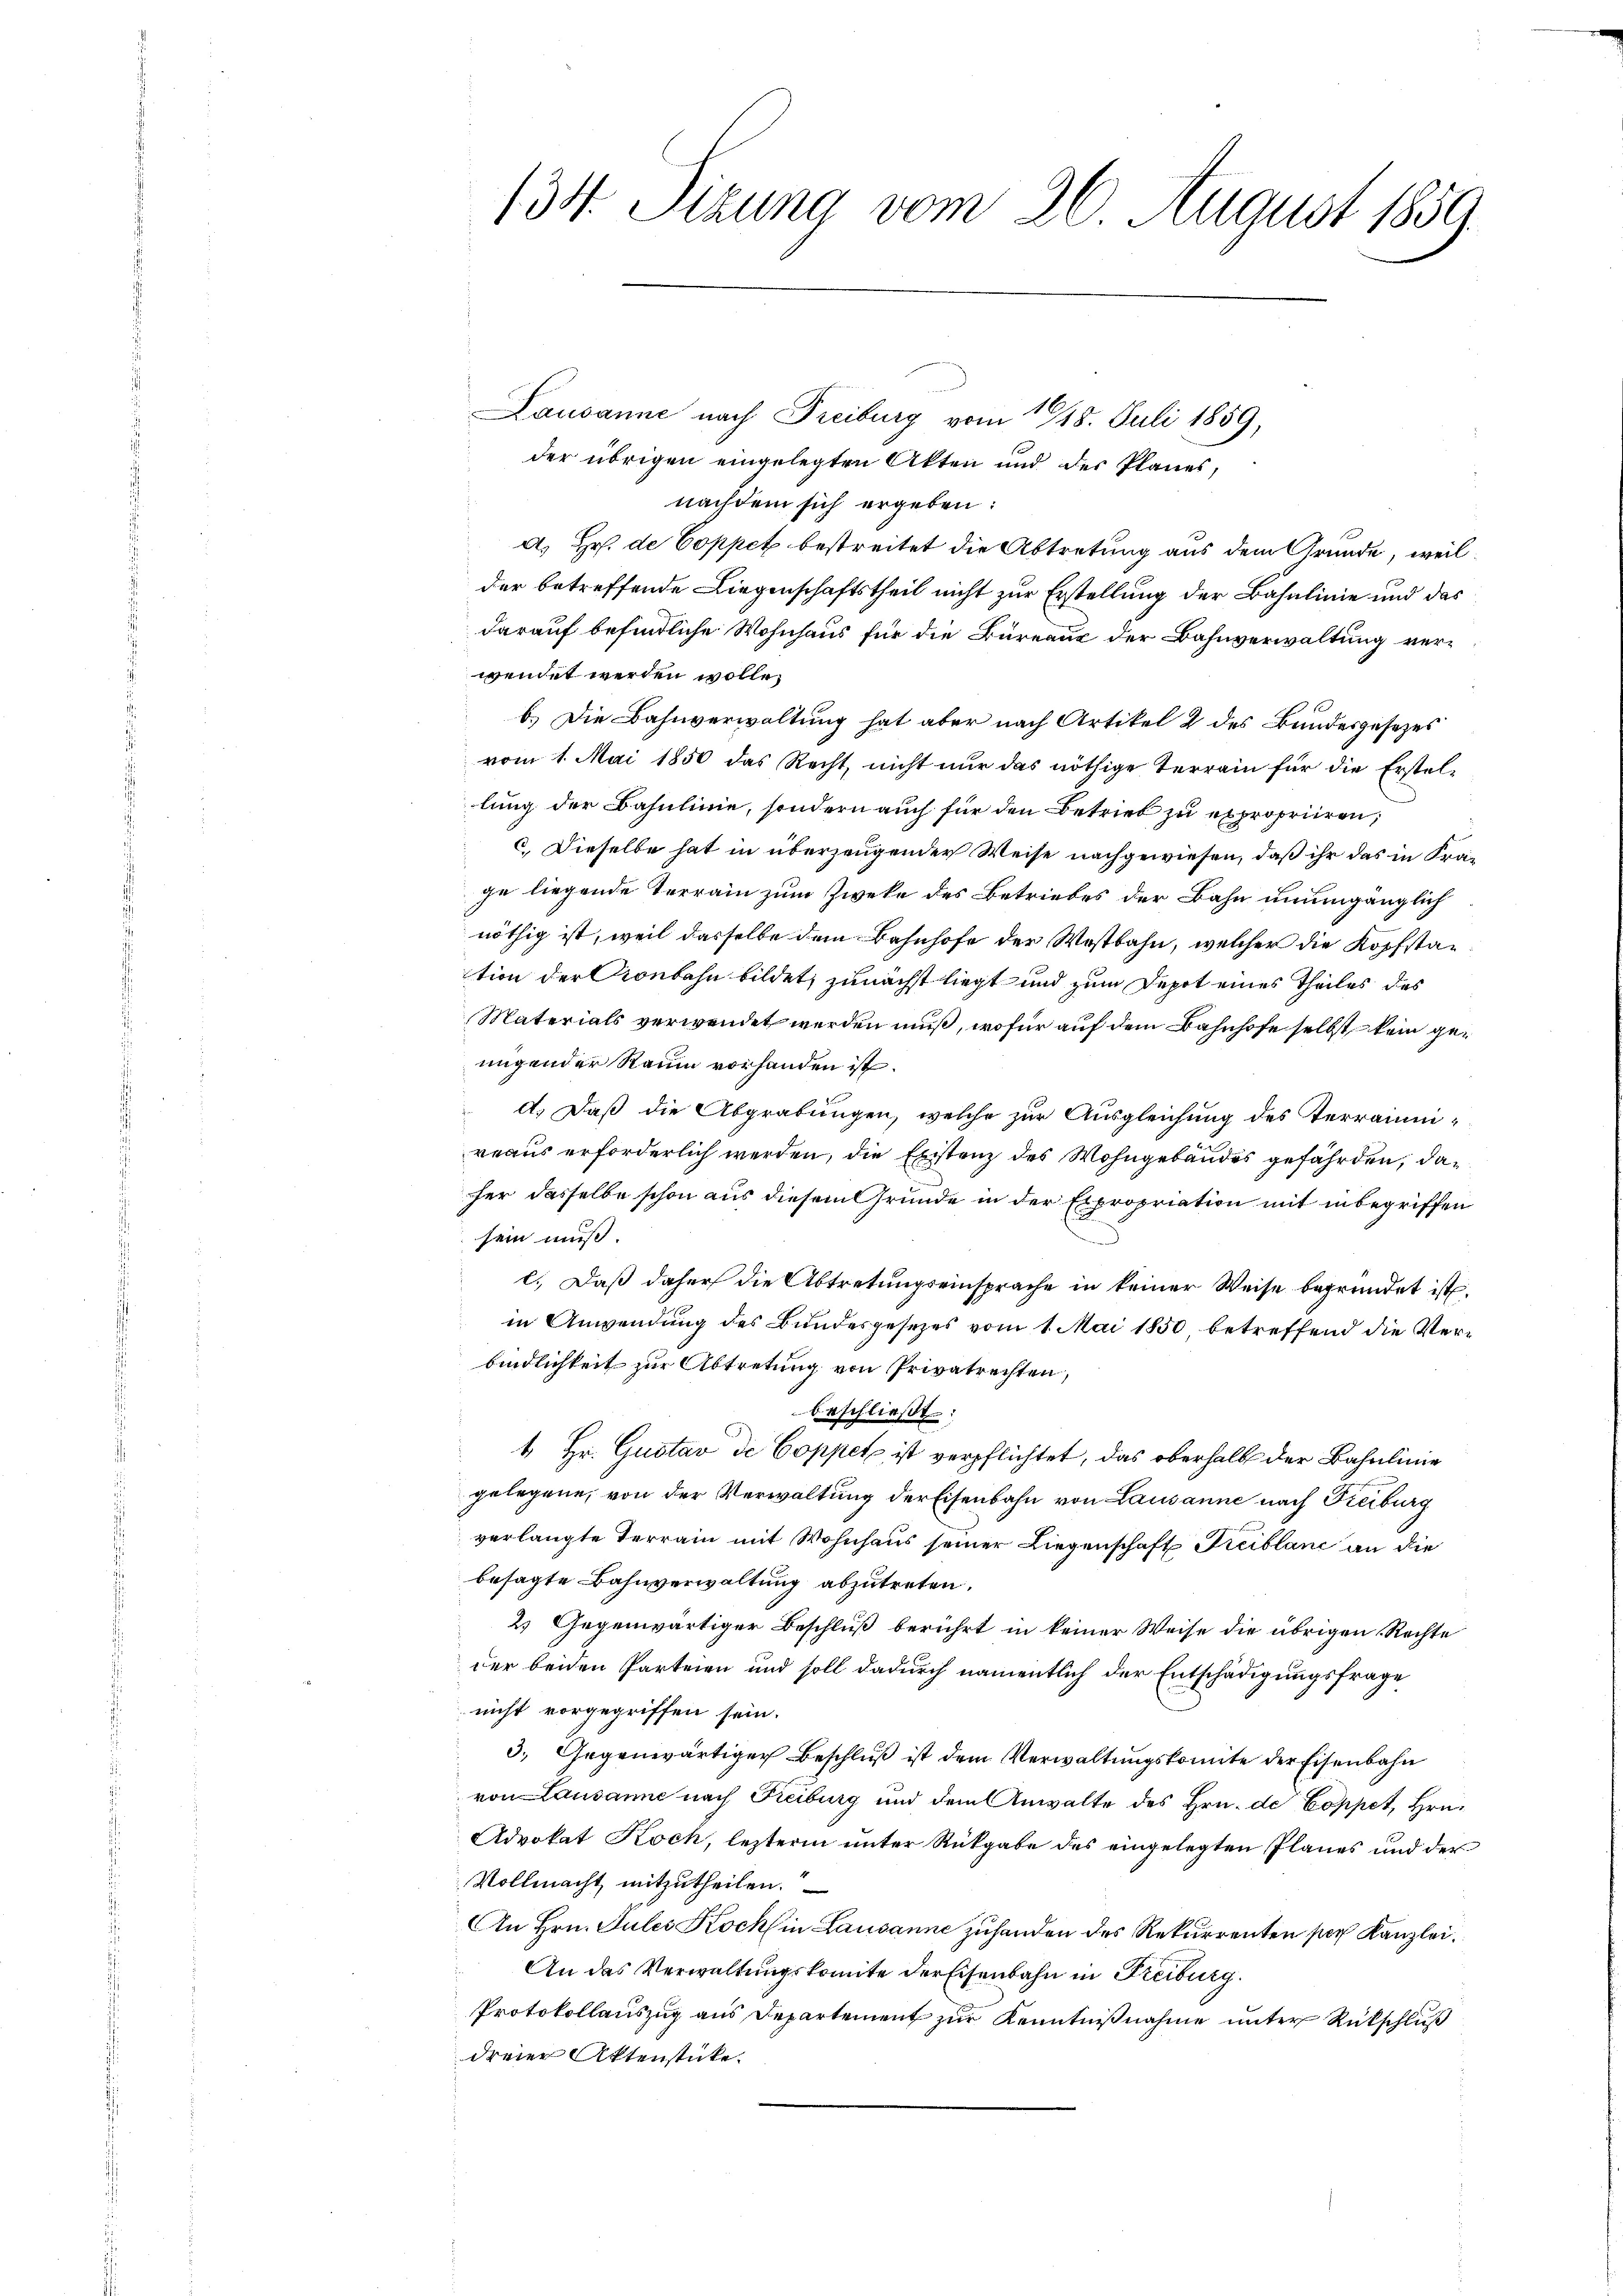
134. Sizung vom 26. August 1859.

Lausanne nach Freiburg vom 17/18. Juli 1859,
der übrigen eingelegten Akten und der Planes,
nachdem sich ergeben:
a) Hr. de Coppet bestreitet die Abtretung aus dem Grunde, weil
der betreffende Liegenschaftstheil nicht zur Erstellung der Bahnlinie und das
darauf befindliche Wohnhaus für die Büreaus der Bahnverwaltung verwendet werden wolle,
b.) Die Bahnverwaltung hat aber nach Artikel 2 des Bundesgesezes
vom 1. Mai 1850 das Recht, nicht nur das nöthige Terrain für die Erstel-
lung der Bahnlinie, sondern auch für den Betrieb zu expropriiren,
c.) Dieselbe hat in überzeugender Weise nachgewiesen, daß ihr das in Frage liegende Terrain zum Zweke des Betriebes der Bahn unumgänglich
nöthig ist, weil dasselbe dem Bahnhofe der Wostbahn, welcher die Kopfstation der Kronbahn bildet, zunächst liegt und zum Depot eines Theiles des
Materials verwendet werden muß, wofür auf dem Bahnhofe selbst kein genngender Raum vorhanden ist.
d. Daß die Abgrabungen, welche zur Ausgleichung des Terrainireaus erforderlich werden, die Existenz des Wohngebäudes gefährden, daher dasselbe schon aus diesem Grunde in der Expropriation mit inbegriffen
sein muß
d
l. Daß daher die Abtretungseinsprache in keiner Weise begründet ist.
in Anwendung des Bundesgesetzes vom 1. Mai 1850 betreffend die Verbindlichkeit zur Abtretung von Privatrechten,
beschließt:
4. Hr. Gustav de Coppet ist verpflichtet, das oberhalb der Bahnlinie
gelegene, von der Verwaltung der Eisenbahn von Lausanne nach Freiburg
verlangte Terrain mit Wohnhaus seiner Liegenschaft Freiblanc an die
besagte Bahnverwaltung abzutreten.
2) Gegenwärtiger Beschluß berührt in keiner Weise die übrigen Rechte
der beiden Parteien und soll dadurch namentlich der Entschädigungsfrage
nicht vorgegriffen sein.
3.) Gegenwärtiger Beschluß ist dem Verwaltungskomite der Eisenbahn
von Lausanne nach Freiburg und dem Anwalte des Hrn. de Coppet, Hrn.
Advokat Koch, lezterm unter Rückgabe des eingelegten Planes und der
Vollmacht mitzŭtheilen.
In Hrn. Jules Koch in Lausanne zuhanden des Rekurrenten par Kanzlei.
An das Verwaltungskomite der Eisenbahn in Freiburg
Protokollauszug aus Departement zur Kenntnißnahme unter Rückschluß
dreier Aktenstücke.